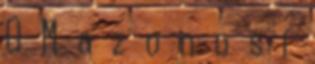
O M a z o n o s í